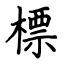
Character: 標